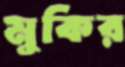
মুকির